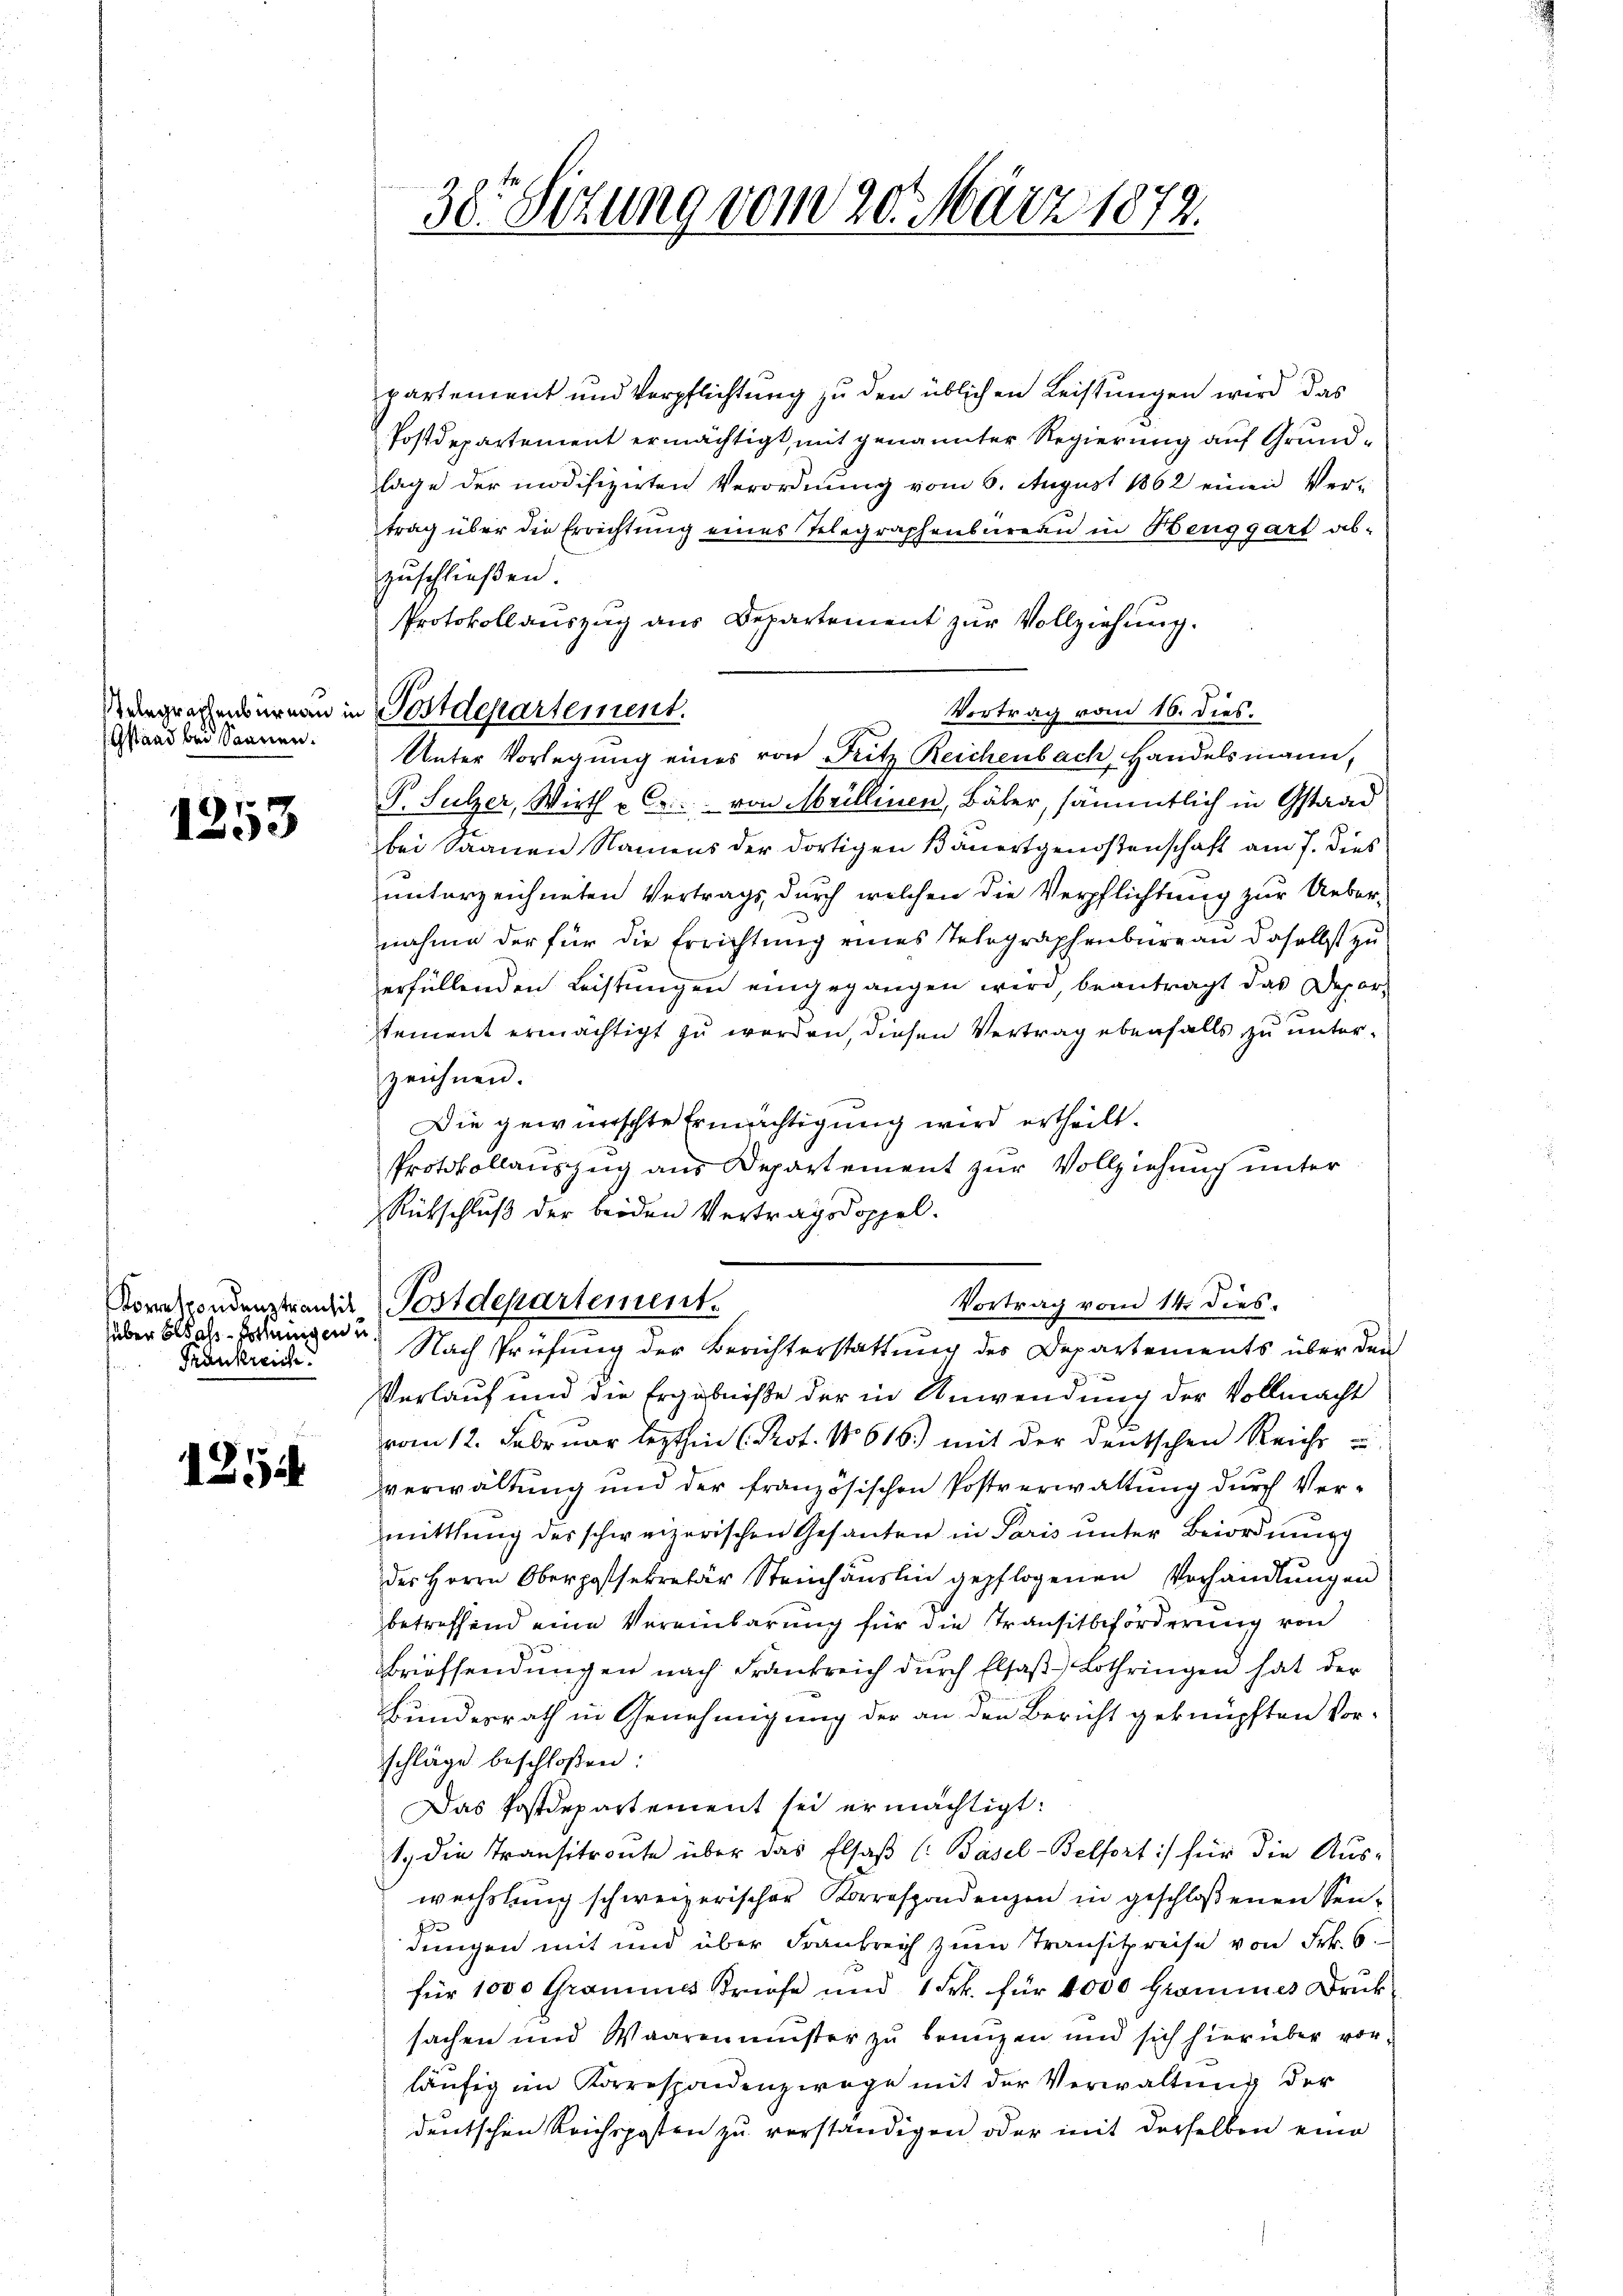
Telegraphenbureau in
Gstand bei dannen.

1253

über besass-Hortungen u.
Frankreich.

1254

30. Sitzung vom 20. März 1872.

Postdepartement.

partement und Verpflichtung zu den üblichen Leistungen wird das
Postdepartement ermächtigt, mit genannter Regierung auf Grundlage der modifizirten Verordnung vom 6. August 1862 einen Vertrag über die Errichtung eines Telegraphenbureau in Henggart ab-
zuschließen.
Protokollauszug aus Departement zur Vollziehung.
Vortrag vom 16. dies.
Unter Vorlegung eines von Fritz Reichenbach, Handelsmann,
P. Sulzer, Wirth u. C. von Meillinen, Bäber, sämmtlich in Gstaad
bei Saanen Namens der dortigen Bäuertgenoßenschaft am 7. dies
unterzeichneten Vertrags durch welchen die Verpflichtung zur Ueber-
nahme der für die Errichtung eines Telegraphenburg an daselbst zu
erfüllenden Leistungen eingegangen wird beantragt das Departement ermächtigt zu werden, diesen Vertrag ebenfalls zu unterzeichnen.
Die gewünschte Ermächtigung wird ertheilt.
Protokollauszug aus Departement zur Vollziehung unter
Rückschluß der beiden Vertragsdoppel.
Vortrag vom 14. dies.
Kormkrondenstander Postdepartement.
Nach Prüfung der Berichterstattung des Departements über den
g
Verlauf und die Ergebniße der in Anwendung der Vollmacht
vom 12. Februar lezthin (Prot. No 616.) mit der deutschen Reich
verwaltung und der französischen Postverwaltung durch Vermittlung des schweizerischen Gesanten in Paris unter Beiordnung
des Herrn Oberpassekretär Steinhaŭslin gepflogenen Verhandlŭngen
betreffend eine Vereinbarung für die Transitbeförderung von
Briefsendungen nach Frankreich dŭrch Elsaβ Lothringen hat der
Bundesrath in Genehmigung der an den Bericht geknüpften Vorschläge beschloßen:
Das Postdepartement sei ermächtigt:
1. die Transitronte über das Elsaβ (: Basel-Belfort :/ für die Aus-
wechslung schweizerischer Korrespondenzen in geschloßenen Sendungen mit und über Frankreich zum Transitzreise von Frk. 6.
für 1000 Grammes striefe und 1 Frk. für 4000 Gromines Druck:
sachen und Waarenmuster zu bringen und sich hierüber vorläufig im Korrespondenzwage mit der Verwaltung der
deutschen Reichsposten zu verständigen oder mit derselben eine